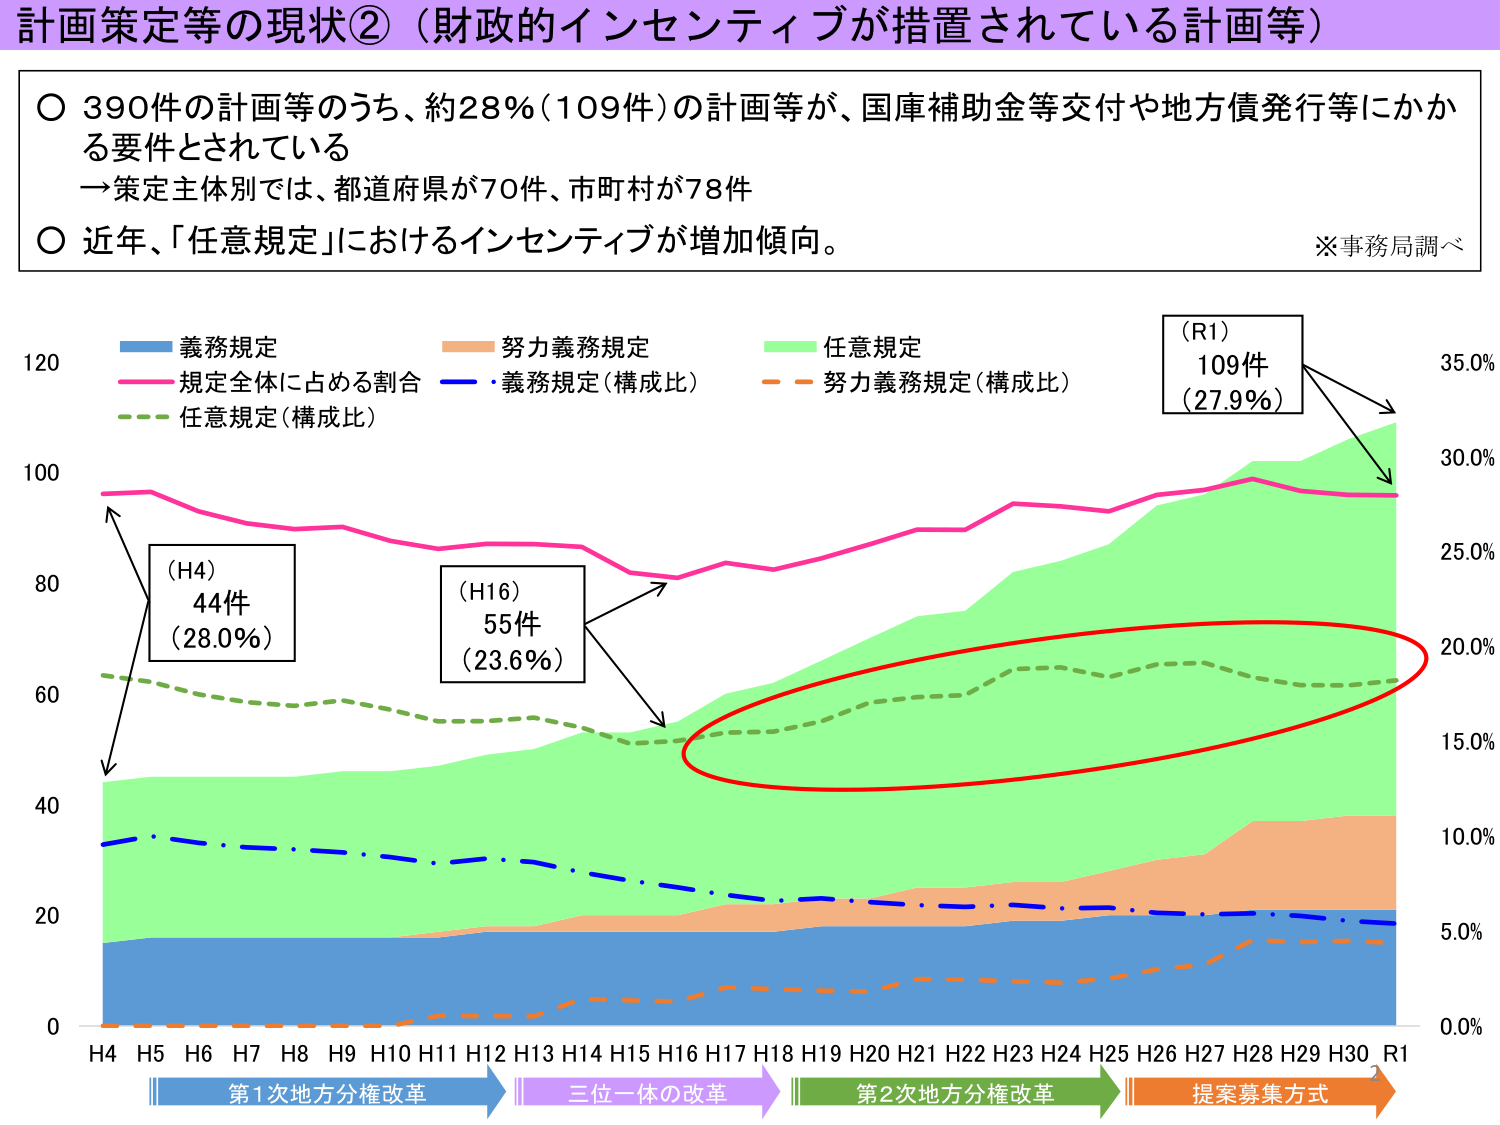
計画策定等の現状②（財政的インセンティブが措置されている計画等）

〇 390件の計画等のうち、約28%（109件）の計画等が、国庫補助金等交付や地方債発行等にかかる要件とされている
→策定主体別では、都道府県が70件、市町村が78件
〇 近年、「任意規定」におけるインセンティブが増加傾向。
※事務局調べ

義務規定
努力義務規定
任意規定
規定全体に占める割合
義務規定（構成比）
努力義務規定（構成比）
任意規定（構成比）

（R1）
109件
（27.9%）

（H4）
44件
（28.0%）

（H16）
55件
（23.6%）

H4 H5 H6 H7 H8 H9 H10 H11 H12 H13 H14 H15 H16 H17 H18 H19 H20 H21 H22 H23 H24 H25 H26 H27 H28 H29 H30 R1

第1次地方分権改革
三位一体の改革
第2次地方分権改革
提案募集方式

0
20
40
60
80
100
120

0.0%
5.0%
10.0%
15.0%
20.0%
25.0%
30.0%
35.0%